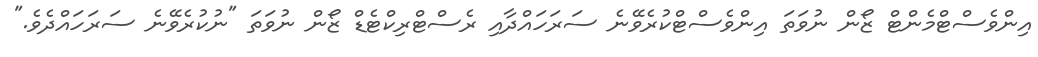
އިންވެސްޓްމެންޓް ޒޯން ނުވަތަ އިންވެސްޓްކުރެވޭނެ ސަރަހައްދާއި ރެސްޓްރިކްޓެޑް ޒޯން ނުވަތަ "ނުކުރެވޭނެ ސަރަހައްދެވެ."